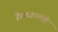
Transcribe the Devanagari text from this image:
है।प्रधानमंत्री